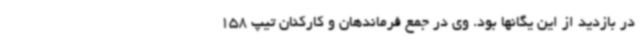
در بازدید از این یگانها بود. وی در جمع فرماندهان و کارکنان تیپ 158